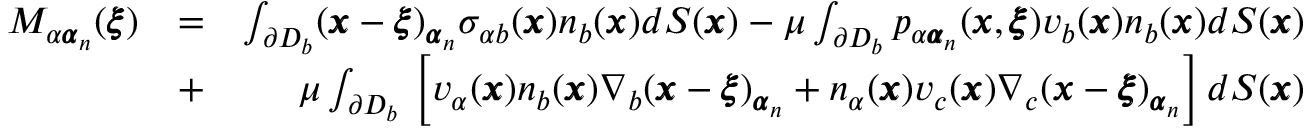
\begin{array} { r l r } { M _ { \alpha { \pmb \alpha } _ { n } } ( { \pmb \xi } ) } & { = } & { \int _ { \partial D _ { b } } ( { \pmb x } - { \pmb \xi } ) _ { { \pmb \alpha } _ { n } } \sigma _ { \alpha b } ( { \pmb x } ) n _ { b } ( { \pmb x } ) d S ( { \pmb x } ) - \mu \int _ { \partial D _ { b } } p _ { \alpha { \pmb \alpha } _ { n } } ( { \pmb x } , { \pmb \xi } ) v _ { b } ( { \pmb x } ) n _ { b } ( { \pmb x } ) d S ( { \pmb x } ) } \\ & { + } & { \mu \int _ { \partial D _ { b } } \, \left[ v _ { \alpha } ( { \pmb x } ) n _ { b } ( { \pmb x } ) \nabla _ { b } ( { \pmb x } - { \pmb \xi } ) _ { { \pmb \alpha } _ { n } } + n _ { \alpha } ( { \pmb x } ) v _ { c } ( { \pmb x } ) \nabla _ { c } ( { \pmb x } - { \pmb \xi } ) _ { { \pmb \alpha } _ { n } } \right] d S ( { \pmb x } ) } \end{array}